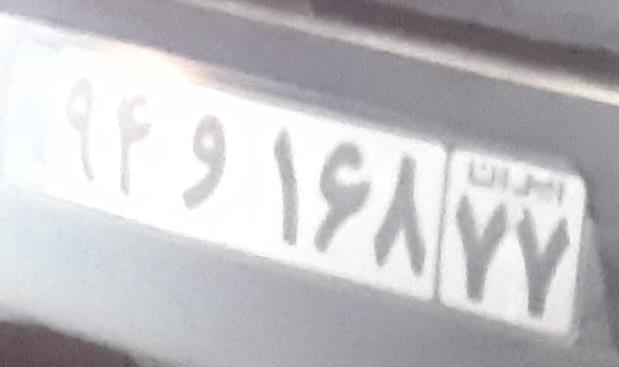
۹۴و۱۶۸۷۷